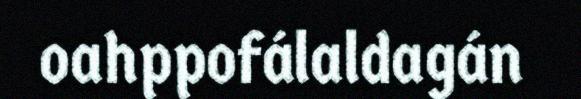
oahppofálaldagán